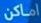
اماكن